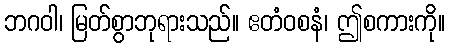
ဘဂဝါ၊ မြတ်စွာဘုရားသည်။ ဧတံဝစနံ၊ ဤစကားကို။